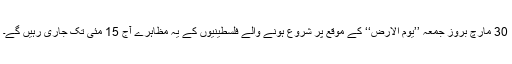
30 مارچ بروز جمعہ ’’یوم الارض‘‘ کے موقع پر شروع ہونے والے فلسطینیوں کے یہ مظاہرے آج 15 مئی تک جاری رہیں گے۔